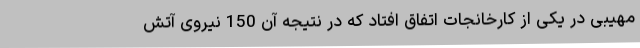
مهیبی در یکی از کارخانجات اتفاق افتاد که در نتیجه آن 150 نیروی آتش